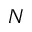
N